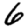
Digit: 6